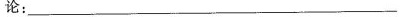
论：___________________